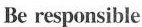
Be responsible